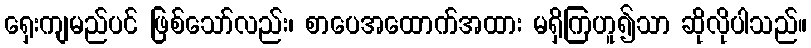
ရှေးကျမည်ပင် ဖြစ်သော်လည်း၊ စာပေအထောက်အထား မရှိကြဟူ၍သာ ဆိုလိုပါသည်။